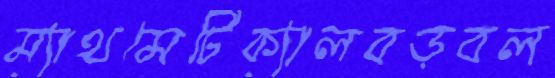
ম্যাথমেটিক্যালবড়বল